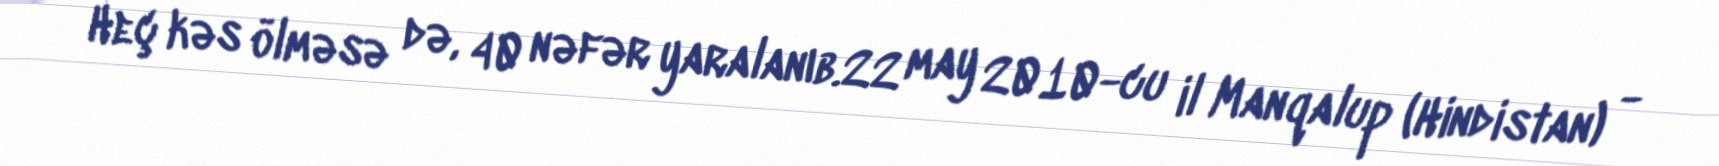
Heç kəs ölməsə də, 40 nəfər yaralanıb.22 may 2010-cu il Manqalup (Hindistan) -